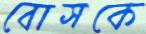
বোসকে